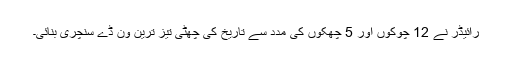
رائیڈر نے 12 چوکوں اور 5 چھکوں کی مدد سے تاریخ کی چھٹی تیز ترین ون ڈے سنچری بنائی۔